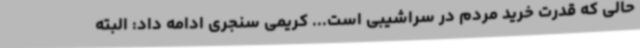
حالی که قدرت خرید مردم در سراشیبی است... کریمی سنجری ادامه داد: البته